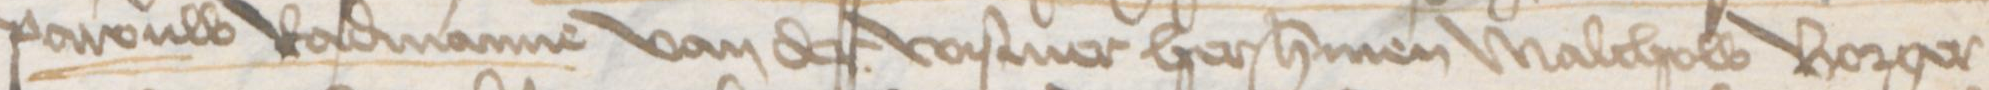
Transcription: Pawouw Radmanne van der Wismer her Hermen Malchow Borger¬